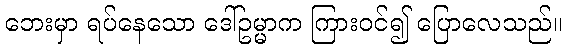
ဘေးမှာ ရပ်နေသော ဒေါ်ဥမ္မာက ကြားဝင်၍ ပြောလေသည်။